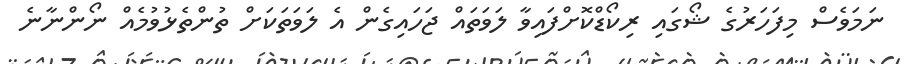
ނަމަވެސް މިފަހަރުގެ ޝޯގައި ރިކޯޑްކޮށްފައިވާ ލަވަތައް ޖަހައިގެން އެ ލަވަތަކަށް ތުންތެޅުވުމެއް ނޯންނާނެ